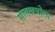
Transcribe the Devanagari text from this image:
सातलपोता